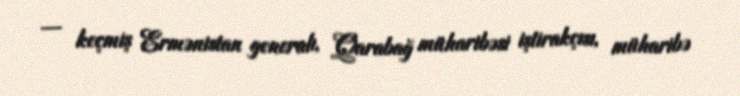
— keçmiş Ermənistan generalı, Qarabağ müharibəsi iştirakçısı, müharibə